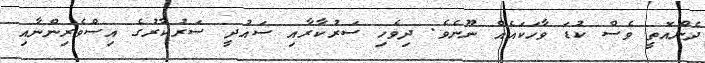
ދެންއޮތީ ވެސް ކުޑަ ވާހަކައެއް ނޫނެވެ. ދިވެހި ސަރުކާރާއި ސައުދީ ސަރުކާރުގެ އިސްވެރިންނާއި